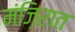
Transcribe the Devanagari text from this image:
मंज़िरात